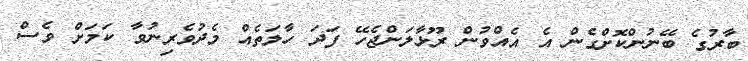
ބާރުގެ ބޭނުންކޮށްގެން އެ އެއްވުން ރޫޅާލަންޖެހޭ ފަދަ ހާލަތެއް މެދުވެރިނުވާ ކަމަށް ވެސް